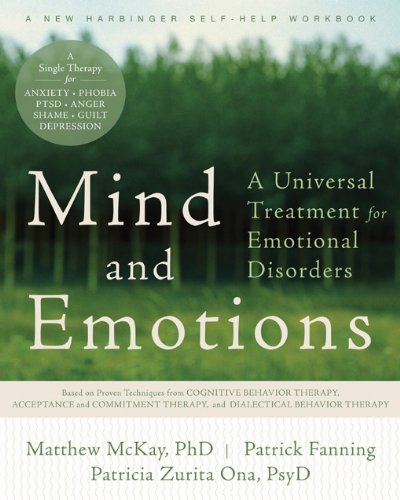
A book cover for Mind and Emotions: A Universal Treatment for Emotional Disorders (New Harbinger Self-Help Workbook); Matthew McKay PhD; Health, Fitness & Dieting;